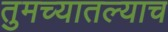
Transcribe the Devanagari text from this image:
तुमच्यातल्याच